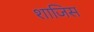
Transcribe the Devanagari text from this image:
शाजिस